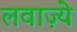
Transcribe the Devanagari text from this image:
लवाज़्ये